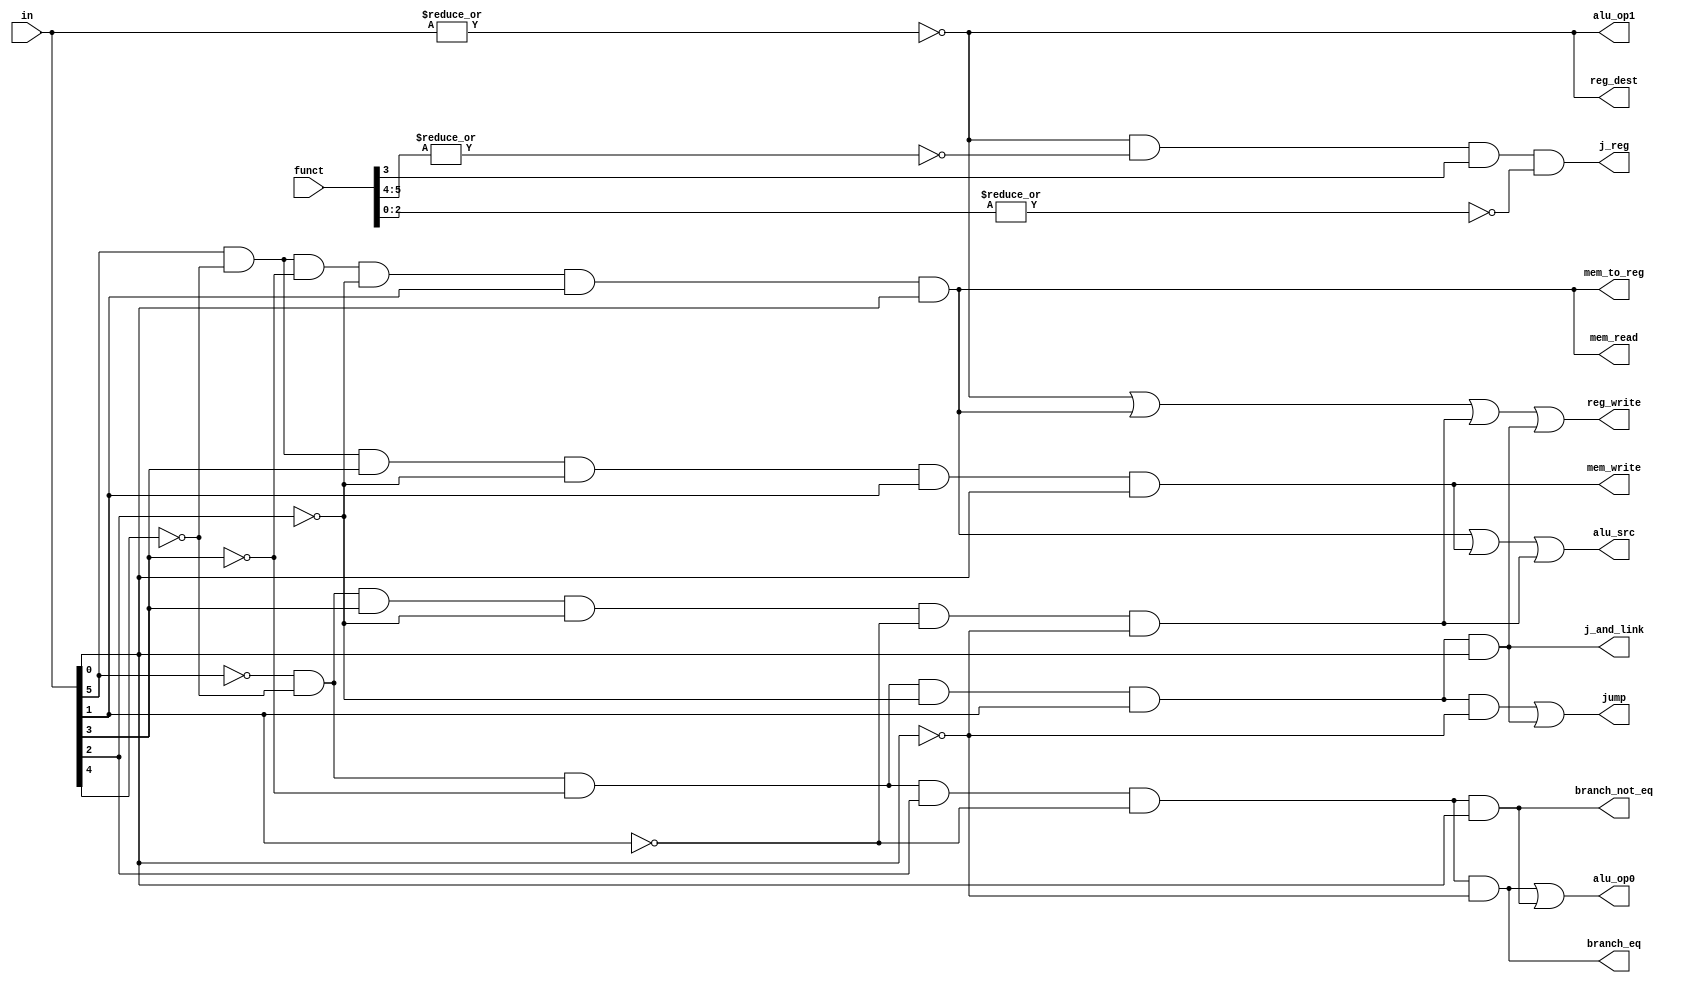
module control(in, funct, reg_dest, jump, j_and_link, j_reg, branch_eq, branch_not_eq, mem_read,
mem_to_reg, alu_op1, alu_op0, mem_write, alu_src, reg_write);

input [5:0] in;
input [5:0] funct;
output reg_dest, jump, j_and_link, j_reg, branch_eq, branch_not_eq, mem_read,
mem_to_reg, alu_op1, alu_op0, mem_write, alu_src, reg_write;

wire r_format, lw, sw, addi, j, jal, jr, beq, bne;

assign r_format = ~(| in);
assign lw = in[5] & ~in[4] & ~in[3] & ~in[2] & in[1] & in[0];
assign sw = in[5] & ~in[4] & in[3] & ~in[2] & in[1] & in[0];
assign addi = ~in[5] & ~in[4] & in[3] & ~in[2] & ~in[1] & ~in[0];
assign j = ~in[5] & ~in[4] & ~in[3] & ~in[2] & in[1] & ~in[0];
assign jal = ~in[5] & ~in[4] & ~in[3] & ~in[2] & in[1] & in[0];
assign jr = r_format & ~(|funct[5:4]) & funct[3] & ~(|funct[2:0]);
assign beq = ~in[5] & ~in[4] & ~in[3] & in[2] & ~in[1] & ~in[0];
assign bne = ~in[5] & ~in[4] & ~in[3] & in[2] & ~in[1] & in[0];

assign reg_dest = r_format;
assign jump = j | jal;
assign j_and_link = jal;
assign j_reg = jr;
assign branch_eq = beq;
assign branch_not_eq = bne;
assign mem_read = lw;
assign mem_to_reg = lw;
assign alu_op1 = r_format;
assign alu_op0 = beq | bne;
assign mem_write = sw;
assign alu_src = lw | sw | addi;
assign reg_write = r_format | lw | addi | jal;
endmodule